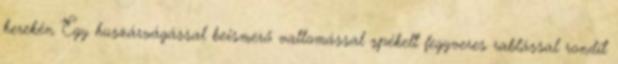
kerekén Egy huszárvágással beismerő vallomással spékelt fegyveres rablással rondít